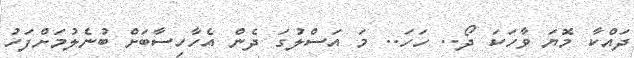
ދައްކާ މޮޔަ ވާހަކަ ދޯ.. ހަހަ.. މަ އަސްލުގަ ދެން އެހާހިސާބަށް ބުނެލުމަށްފަހު